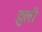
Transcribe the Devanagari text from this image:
झुली